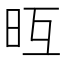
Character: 𣅥